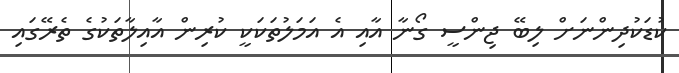
ކުޑަކުދިންނަށް ލިބޭ ޖިންސީ ގޯނާ އާއި އެ އަމަލުތަކަކީ ކުރިން އާއިލާތަކުގެ ތެރޭގައި